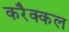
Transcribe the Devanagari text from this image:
करैक्कल